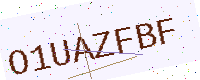
Text: O1UAZFBF